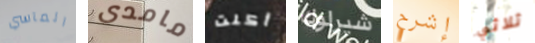
المآسي مامدى أكلت شيرلوك إشرح ثلاثي